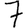
Digit: 7